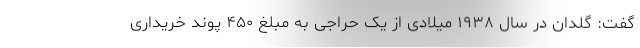
گفت: گلدان در سال ۱۹۳۸ میلادی از یک حراجی به مبلغ ۴۵۰ پوند خریداری